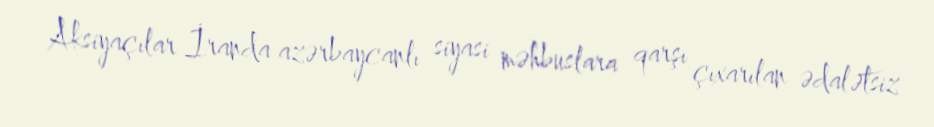
Aksiyaçılar İranda azərbaycanlı siyasi məhbuslara qarşı çıxarılan ədalətsiz